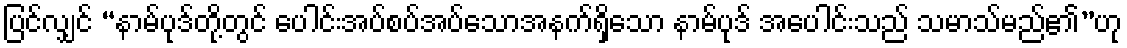
ပြင်လျှင် “နာမ်ပုဒ်တို့တွင် ပေါင်းအပ်စပ်အပ်သောအနက်ရှိသော နာမ်ပုဒ် အပေါင်းသည် သမာသ်မည်၏”ဟု